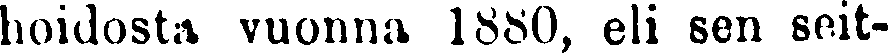
hoidosta vuonna 1880, eli sen seit-